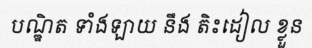
បណ្ឌិត ទាំងឡាយ នឹង តិះដៀល ខ្លួន